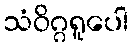
သံဝိဂ္ဂရူပေါ